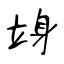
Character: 竧